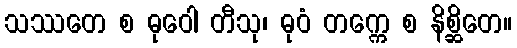
သဿတေ စ ဓုဝေါ တီသု၊ ဓုဝံ တက္ကေ စ နိစ္ဆိတေ။